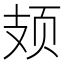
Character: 𫠆